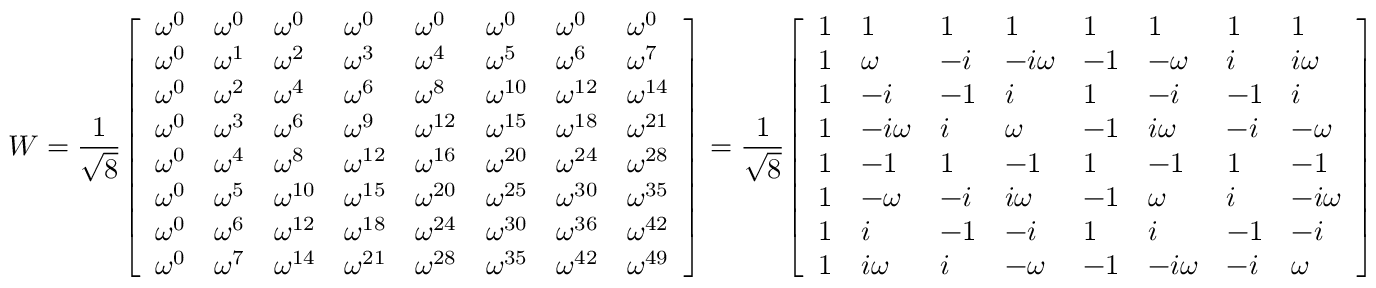
W = { \frac { 1 } { \sqrt { 8 } } } { \left[ \begin{array} { l l l l l l l l } { \omega ^ { 0 } } & { \omega ^ { 0 } } & { \omega ^ { 0 } } & { \omega ^ { 0 } } & { \omega ^ { 0 } } & { \omega ^ { 0 } } & { \omega ^ { 0 } } & { \omega ^ { 0 } } \\ { \omega ^ { 0 } } & { \omega ^ { 1 } } & { \omega ^ { 2 } } & { \omega ^ { 3 } } & { \omega ^ { 4 } } & { \omega ^ { 5 } } & { \omega ^ { 6 } } & { \omega ^ { 7 } } \\ { \omega ^ { 0 } } & { \omega ^ { 2 } } & { \omega ^ { 4 } } & { \omega ^ { 6 } } & { \omega ^ { 8 } } & { \omega ^ { 1 0 } } & { \omega ^ { 1 2 } } & { \omega ^ { 1 4 } } \\ { \omega ^ { 0 } } & { \omega ^ { 3 } } & { \omega ^ { 6 } } & { \omega ^ { 9 } } & { \omega ^ { 1 2 } } & { \omega ^ { 1 5 } } & { \omega ^ { 1 8 } } & { \omega ^ { 2 1 } } \\ { \omega ^ { 0 } } & { \omega ^ { 4 } } & { \omega ^ { 8 } } & { \omega ^ { 1 2 } } & { \omega ^ { 1 6 } } & { \omega ^ { 2 0 } } & { \omega ^ { 2 4 } } & { \omega ^ { 2 8 } } \\ { \omega ^ { 0 } } & { \omega ^ { 5 } } & { \omega ^ { 1 0 } } & { \omega ^ { 1 5 } } & { \omega ^ { 2 0 } } & { \omega ^ { 2 5 } } & { \omega ^ { 3 0 } } & { \omega ^ { 3 5 } } \\ { \omega ^ { 0 } } & { \omega ^ { 6 } } & { \omega ^ { 1 2 } } & { \omega ^ { 1 8 } } & { \omega ^ { 2 4 } } & { \omega ^ { 3 0 } } & { \omega ^ { 3 6 } } & { \omega ^ { 4 2 } } \\ { \omega ^ { 0 } } & { \omega ^ { 7 } } & { \omega ^ { 1 4 } } & { \omega ^ { 2 1 } } & { \omega ^ { 2 8 } } & { \omega ^ { 3 5 } } & { \omega ^ { 4 2 } } & { \omega ^ { 4 9 } } \end{array} \right] } = { \frac { 1 } { \sqrt { 8 } } } { \left[ \begin{array} { l l l l l l l l } { 1 } & { 1 } & { 1 } & { 1 } & { 1 } & { 1 } & { 1 } & { 1 } \\ { 1 } & { \omega } & { - i } & { - i \omega } & { - 1 } & { - \omega } & { i } & { i \omega } \\ { 1 } & { - i } & { - 1 } & { i } & { 1 } & { - i } & { - 1 } & { i } \\ { 1 } & { - i \omega } & { i } & { \omega } & { - 1 } & { i \omega } & { - i } & { - \omega } \\ { 1 } & { - 1 } & { 1 } & { - 1 } & { 1 } & { - 1 } & { 1 } & { - 1 } \\ { 1 } & { - \omega } & { - i } & { i \omega } & { - 1 } & { \omega } & { i } & { - i \omega } \\ { 1 } & { i } & { - 1 } & { - i } & { 1 } & { i } & { - 1 } & { - i } \\ { 1 } & { i \omega } & { i } & { - \omega } & { - 1 } & { - i \omega } & { - i } & { \omega } \end{array} \right] }